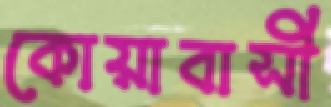
কোয়াবাসী